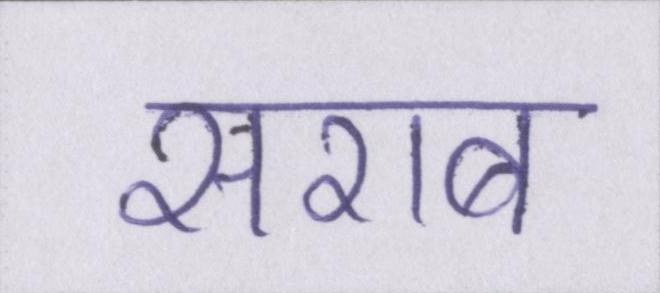
सराब